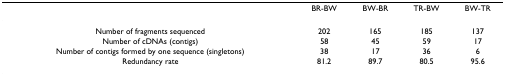
|  | BR-BW | BW-BR | TR-BW | BW-TR |
 | --- | --- | --- | --- | --- |
 | Number of fragments sequenced | 202 | 165 | 185 | 137 |
 | Number of cDNAs (contigs) | 58 | 45 | 59 | 17 |
 | Number of contigs formed by one sequence (singletons) | 38 | 17 | 36 | 6 |
 | Redundancy rate | 81.2 | 89.7 | 80.5 | 95.6 |